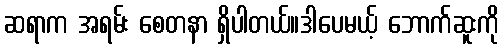
ဆရာက အရမ်း စေတနာ ရှိပါတယ်။ဒါပေမယ့် ဘောက်ဆူးကို